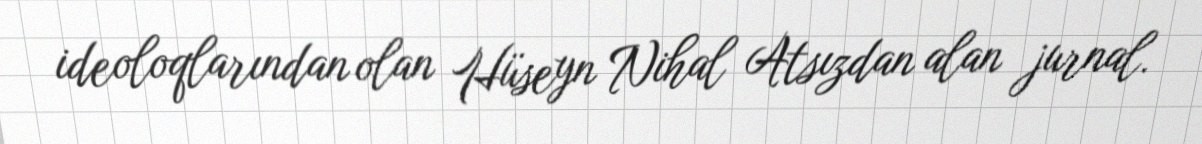
ideoloqlarından olan Hüseyn Nihal Atsızdan alan jurnal.